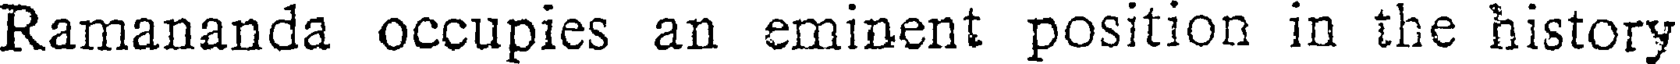
Ramananda occupies an eminent position in the history